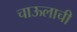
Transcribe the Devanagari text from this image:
चाऊलाची